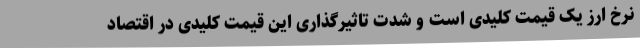
نرخ ارز یک قیمت کلیدی است و شدت تاثیرگذاری این قیمت کلیدی در اقتصاد